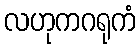
လဟုကဂရုကံ